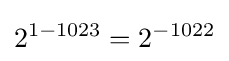
2^{1-1023}=2^{-1022}